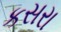
કસરા